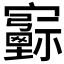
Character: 𡫻